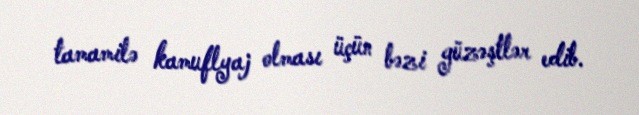
tamamilə kamuflyaj olması üçün bəzi güzəştlər edib.